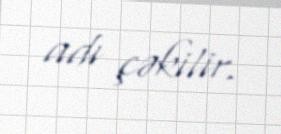
adı çəkilir.